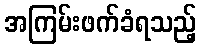
အကြမ်းဖက်ခံရသည့်